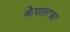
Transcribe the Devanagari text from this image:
केपलरचा